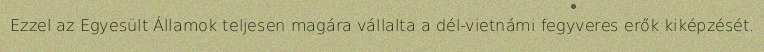
Ezzel az Egyesült Államok teljesen magára vállalta a dél-vietnámi fegyveres erők kiképzését.